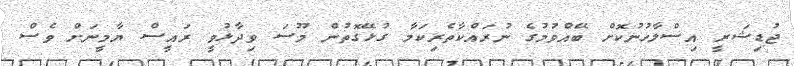
ޖުޑިޝަރީ އިސްލާހުނުކޮށް ބޭއްވުމުގެ ނުރައްކާތެރިކަމާ ގުޅޭގޮތުން މޫސަ ވިދާޅުވީ ރައީސް ޔާމީނަށް ވެސް